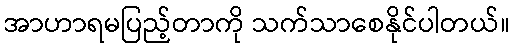
အာဟာရမပြည့်တာကို သက်သာစေနိုင်ပါတယ်။